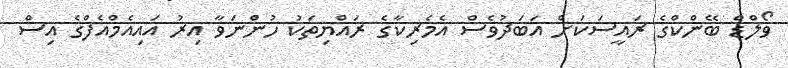
ވޯލްޑް ބޭންކްގެ ރައީސަކަށް އަބަދުވެސް އެމެރިކާގެ ރައްޔިތަކު ހުންނަވާ އިރު އައިއެމްއެފްގެ އިސް